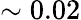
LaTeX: \sim 0.02